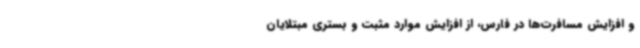
و افزایش مسافرت‌ها در فارس، از افزایش موارد مثبت و بستری مبتلایان